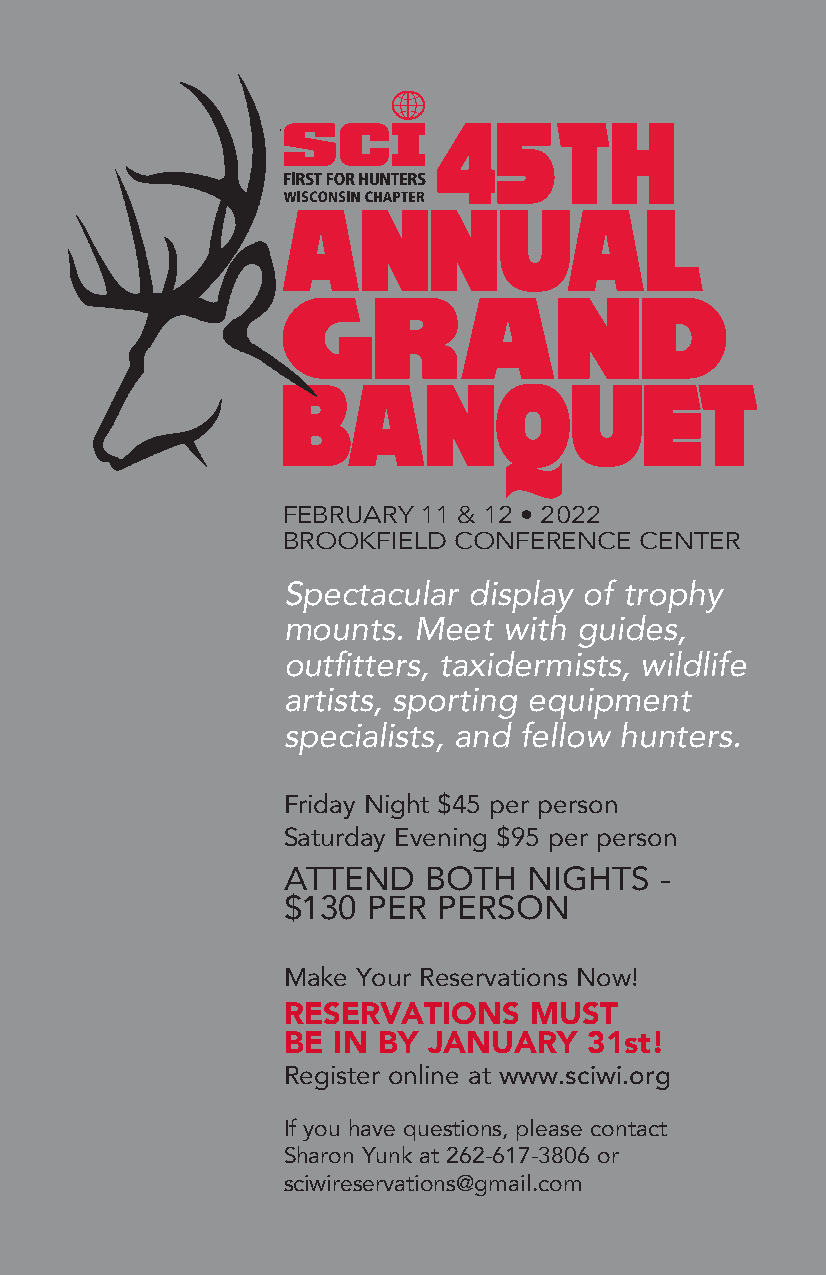
45TH
 ANNUAL
 GRAND
 BANQUET
 FEBRUARY 11 & 12 • 2022
 BROOKFIELD CONFERENCE  CENTER
 Spectacular display of trophy
 mounts. Meet  with guides,
 outfitters, taxidermists, wildlife
 artists, sporting equipment
 specialists, and fellow hunters.
 Friday Night $45 per person
 Saturday Evening $95 per person
 ATTEND   BOTH   NIGHTS   -
 $130 PER  PERSON
 Make Your Reservations Now!
 RESERVATIONS    MUST
 BE IN BY JANUARY    31st!
 Register online at www.sciwi.org
 If you have questions, please contact
 Sharon Yunk at 262-617-3806 or
 sciwireservations@gmail.com